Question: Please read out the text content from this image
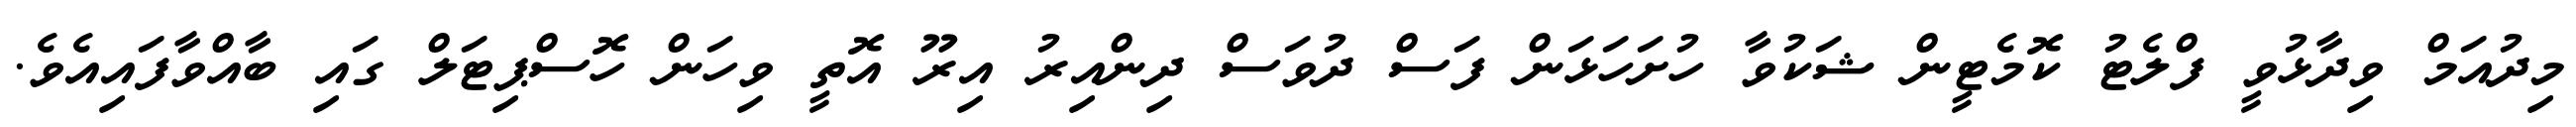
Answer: މިދުއަމް ވިދާޅުވީ ފްލެޓު ކޮމެޓީން ޝަކުވާ ހުށަހަޅަން ފަސް ދުވަސް ދިންއިރު އިރޫ އޮތީ ވިހަން ހޮސްޕިޓަލް ގައި ބާއްވާފައިއެވެ.